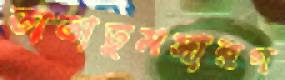
তাতাতুমসারগ